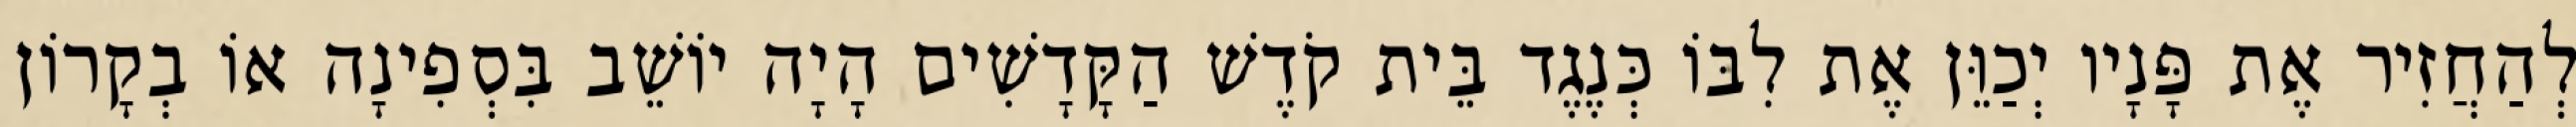
לְהַחֲזִיר אֶת פָּנָיו יְכַוֵּן אֶת לִבּוֹ כְּנֶגֶד בֵּית קֹדֶשׁ הַקָּדָשִׁים הָיָה יוֹשֵׁב בִּסְפִינָה אוֹ בְקָרוֹן